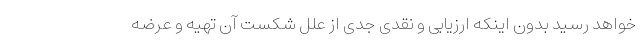
خواهد رسید بدون اینکه ارزیابی و نقدی جدی از علل شکست آن تهیه و عرضه